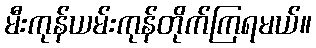
မီးကုန်ယမ်းကုန်တိုက်ကြရမယ်။